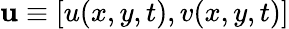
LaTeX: \mathbf{u}\equiv[u(x,y,t),v(x,y,t)]